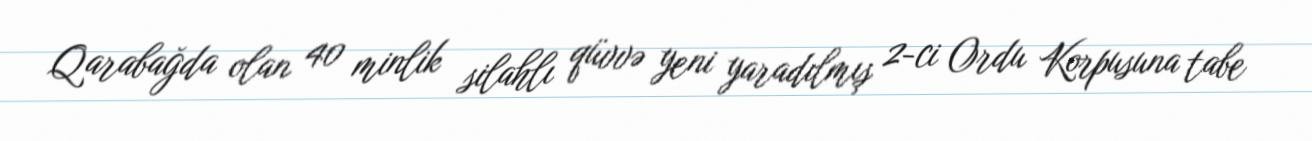
Qarabağda olan 40 minlik silahlı qüvvə yeni yaradılmış 2-ci Ordu Korpusuna tabe